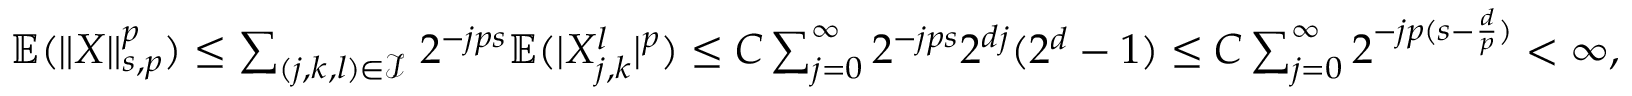
\begin{array} { r } { \mathbb { E } ( \| X \| _ { s , p } ^ { p } ) \le \sum _ { ( j , k , l ) \in \mathbf { \mathcal { I } _ { \Psi } } } 2 ^ { - j p s } \mathbb { E } ( | X _ { j , k } ^ { l } | ^ { p } ) \le C \sum _ { j = 0 } ^ { \infty } 2 ^ { - j p s } 2 ^ { d j } ( 2 ^ { d } - 1 ) \le C \sum _ { j = 0 } ^ { \infty } 2 ^ { - j p ( s - \frac { d } { p } ) } < \infty , } \end{array}